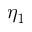
\eta _ { 1 }